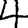
Digit: 4